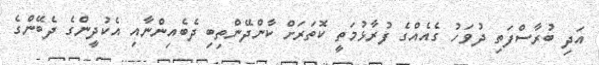
އަދި ބުރާސްފަތި ދުވަހު ގެއެއްގެ ފުރާޅުމަތީ ކޮތަރަށް ކާންދޭންތިބި ދެބެއިންނާއި އެކުދީންގެ ދެބޭންގެ